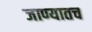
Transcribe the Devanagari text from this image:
जाण्यातच